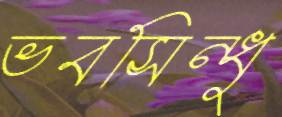
ভবসিন্ধুু